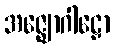
အဇ္ဈောဂါဠှော